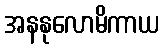
အနနုလောမိကာယ